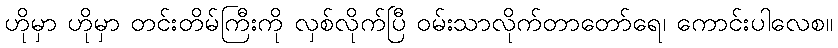
ဟိုမှာ ဟိုမှာ တင်းတိမ်ကြီးကို လှစ်လိုက်ပြီ ဝမ်းသာလိုက်တာတော်ရေ၊ ကောင်းပါလေစ။